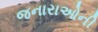
જનારાઓની